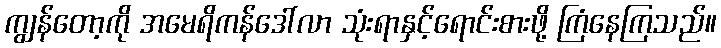
ကျွန်တော့ကို အမေရိကန်ဒေါ်လာ သုံးရာနှင့်ရောင်းစားဖို့ ကြံနေကြသည်။